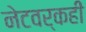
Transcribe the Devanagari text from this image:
नेटवर्कही